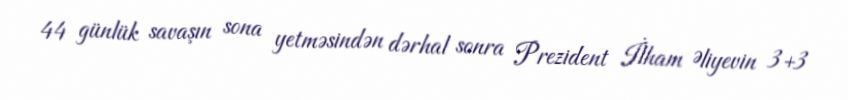
44 günlük savaşın sona yetməsindən dərhal sonra Prezident İlham Əliyevin 3+3